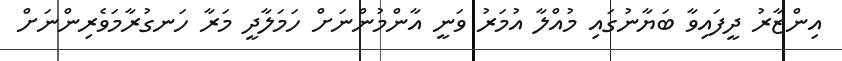
އިންޒާރު ދީފައިވާ ބަޔާނުގައި މުއްލާ އުމަރު ވަނީ އާންމުންނަށް ހަމަލާދީ މަރާ ހަނގުރާމަވެރިންނަށް